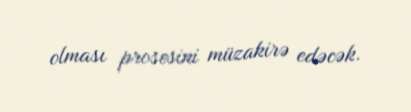
olması prosesini müzakirə edəcək.